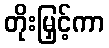
တိုးမြှင့်ကာ